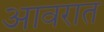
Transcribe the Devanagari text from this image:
आवरात